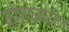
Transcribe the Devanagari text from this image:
कोलकत्त्यातील